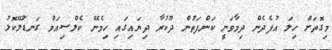
މިގޮތަށް ހިލަ އުފެދެން ދިމާވަނީ ކަންފަތުން ދޫކުރާ ދިޔައިގައި ހިމެނޭ ކެލްސިއަމް ގަނޑުލޭކޮޅު